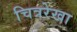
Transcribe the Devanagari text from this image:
चित्ररेखा